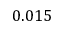
0 . 0 1 5